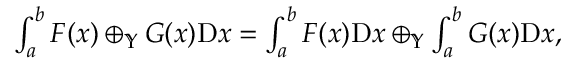
\begin{array} { r } { \int _ { a } ^ { b } F ( x ) \oplus _ { \mathbb { Y } } G ( x ) \mathrm { D } x = \int _ { a } ^ { b } F ( x ) \mathrm { D } x \oplus _ { \mathbb { Y } } \int _ { a } ^ { b } G ( x ) \mathrm { D } x , } \end{array}